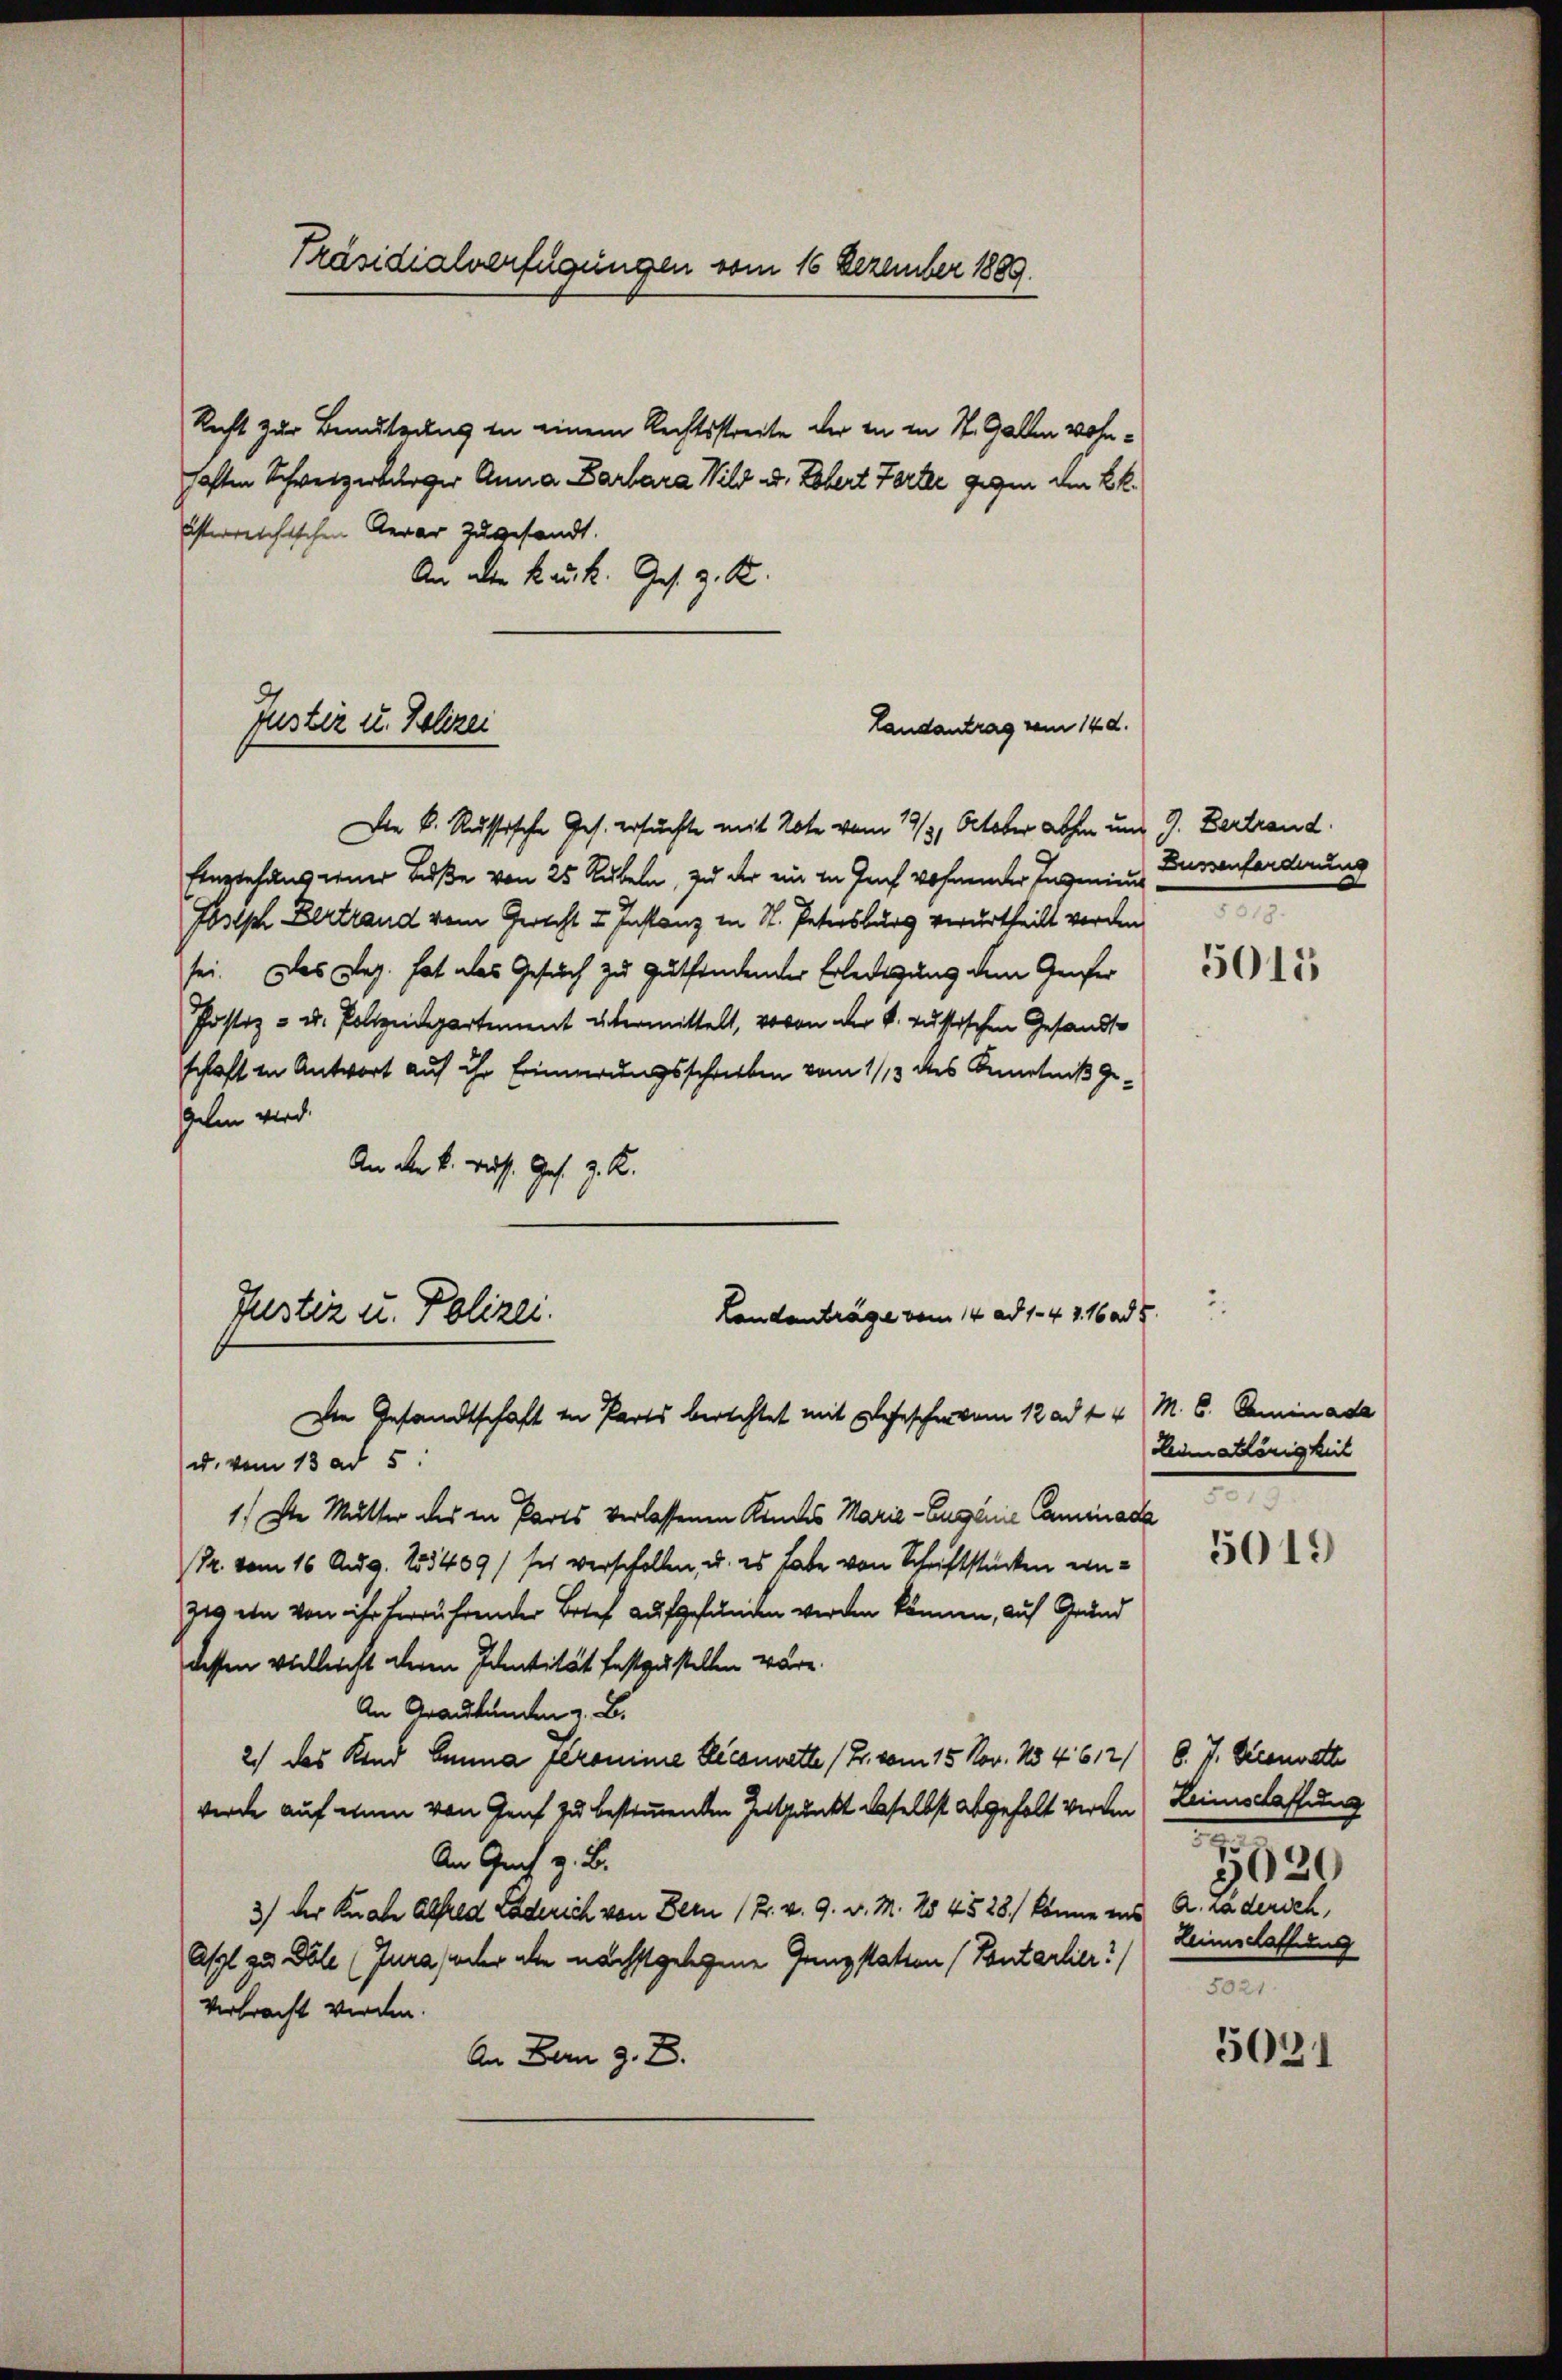
Präsidialverfügungen vom 16 Dezember 1889.

Justiz u. Polizei

Recht zur Benutzung in einem Rechtsstreite der in in St. Gallen wohnhaften Schweizerbürger Anna Barbara Wild u. Robert Torter gegen den kk.
österreichischen Aerar zugesandt.
An den Bruck. Ges. z. R.
Die k. Russische Ges. ersuchte mit 20te vom 19/3. October abhin und J. Zertrand
Einziehung einer Buße von 25 Rubeln, zu der ein in Joch wohnender Ingenins Zurvenforderung
Joseph Vertraud vom Gericht u Instanz in St. Petersburg verurtheilt werden.
sei. Das Reg. hat als Gesuch zu gutfindender Erledigung dem Genfer
Jostiz- u. Polizeidepartement übermittelt, wovon der k. russischen Gesandte
schaft in Antwort auf ihr Erinnerungsschrieben vom 1/3 des Kenntniß gegehen wird.
An der k. russ. Ges. z. K.
Justiz u. Polizei.
Landanträge vom 14. ad 1. 47. 16 ad 5.
Die Gesandtschaft in Parts berechtet mit Befescher vom 12. ad 24 M. C. Seminade
u. vom 13. ad 5.
1.) Die Mutter des in Parts verlassenen Kindes Marie - Auseine Caminad
Pr. vom 16. Aug. 155409/ ses verschollen, u. es habe von Schriftstücken einzig ein von ihr herrührender Brief aufgefunden werden können, auf Grund
dessen vielleicht deren Identität festzustellen wäre.
An Graubünden z. B.
2.) das Kind Banna feronime Licenwette (T. vom 15. Nov. 154612/
werde auf eine von Genf zu bestimmenden Zeitpunkt daselbst abgeholt werden Leimschaffung
An Graf z. B.
3) der Knabe Alfred Laderich von Bern (Pr. v. 9. v. M. 2 45 28. könne ins A. La dersch
Asyl zu Dole (Jura, oder alle nächst gelegene Gang station (Tanterlier!)
verbracht werden.
An Bern z. B.

Landantrag vom 14. d.

5015

Leimathörigkeit

5019

b. J. Decanoett
5520
Leimschaffung
n

5021